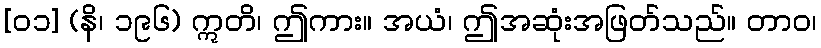
[၀၁] (နိ၊ ၁၉၆) ဣတိ၊ ဤကား။ အယံ၊ ဤအဆုံးအဖြတ်သည်။ တာဝ၊